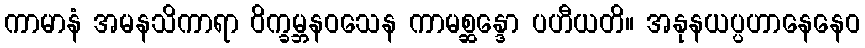
ကာမာနံ အမနသိကာရာ ဝိက္ခမ္ဘနဝသေန ကာမစ္ဆန္ဒော ပဟီယတိ။ အနုနယပ္ပဟာနေနေဝ